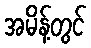
အမိန့်တွင်